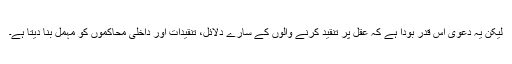
لیکن یہ دعویٰ اس قدر بودا ہے کہ عقل پر تنقید کرنے والوں کے سارے دلائل، تنقیدات اور داخلی محاکموں کو مہمل بنا دیتا ہے۔